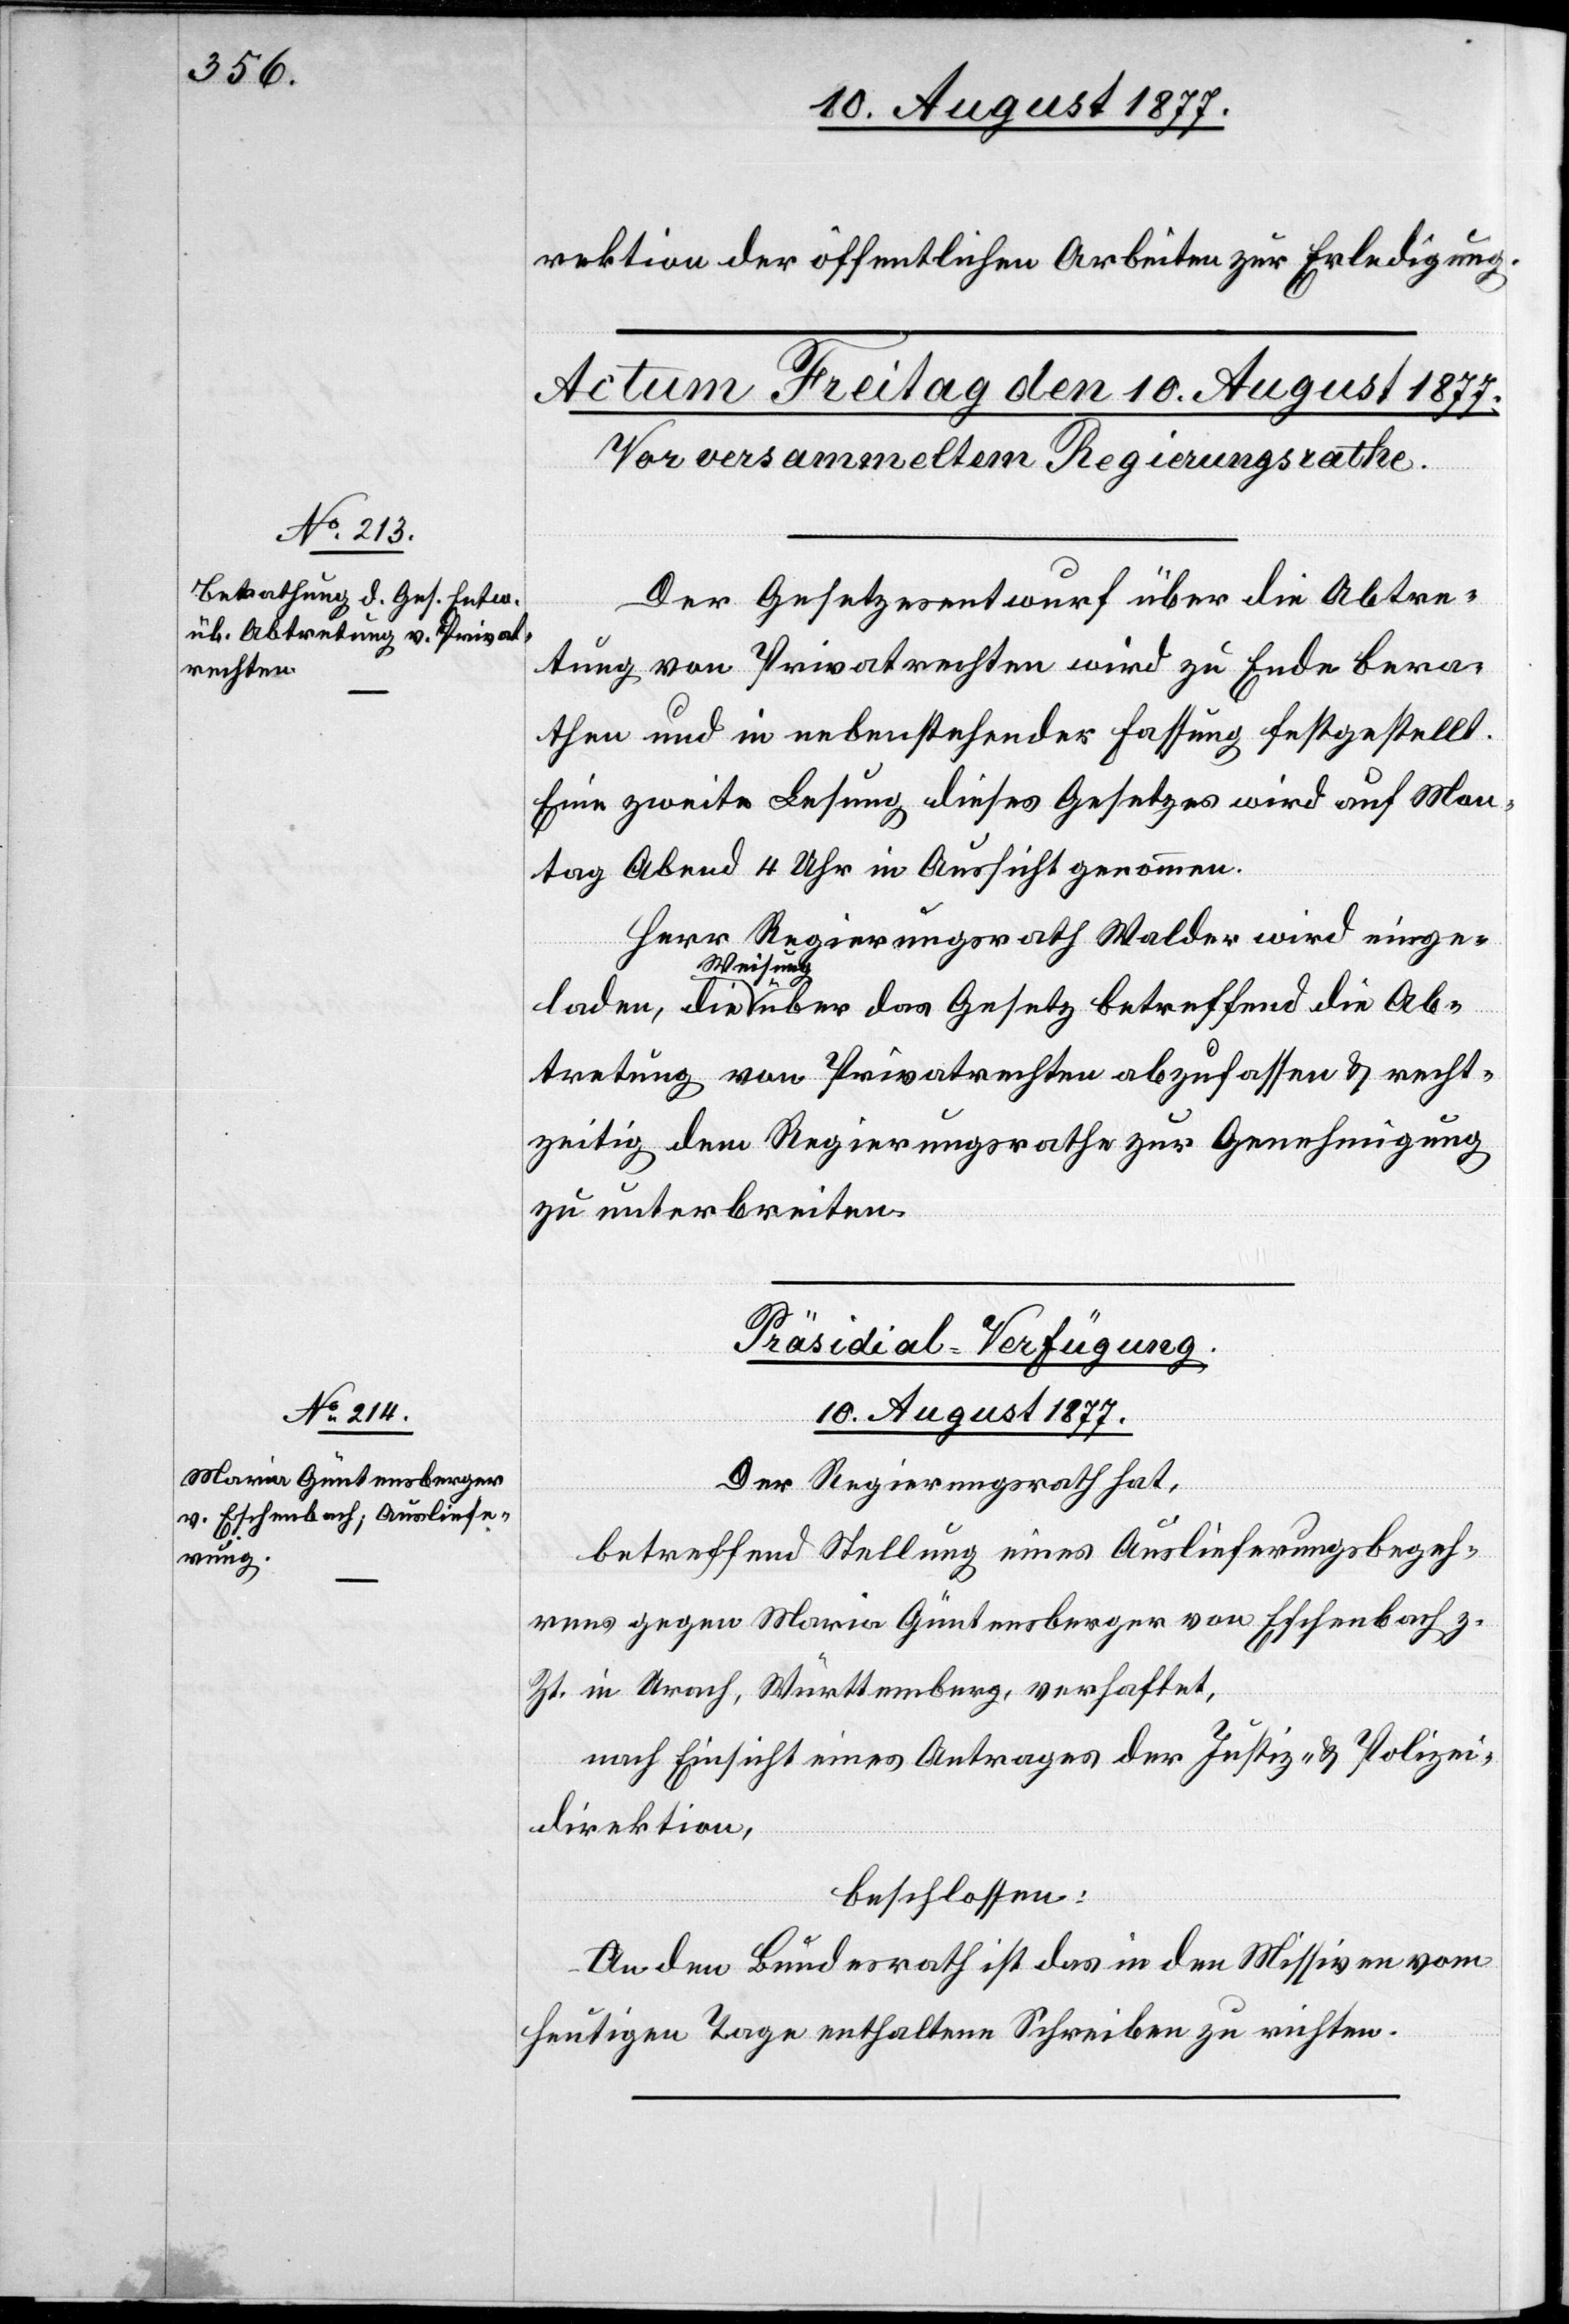
10. August 1877.
rektion der öffentlichen Arbeiten zur Erledigung.
Der Gesetzesentwurf über die Abtre¬
tung von Privatrechten wird zu Ende bera¬
then und in nebenstehender Fassung festgestellt.*
Eine zweite Lesung dieses Gesetzes wird auf Mon¬
tag Abend 4 Uhr in Aussicht genommen.
Herr Regierungsrath Walder wird einge¬
Weisung
Ab¬
tretung von Privatrechten abzufassen & recht¬
zeitig dem Regierungsrathe zur Genehmigung
zu unterbreiten.
Präsidial-Verfügung.
Der Regierungsrath hat,
betreffend Stellung eines Auslieferungsbegeh¬
rens gegen Maria Güntensberger von Eschenbach z.
Zt. in Urach, Württemberg, verhaftet,
nach Einsicht eines Antrages der Justiz- & Polizei¬
direktion,
beschlossen:
An den Bundesrath ist das in den Missiven vom
heutigen Tage enthaltene Schreiben zu richten.